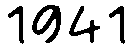
1941